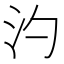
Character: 汋